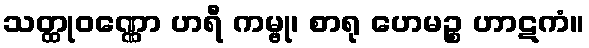
သတ္ထုဝဏ္ဏော ဟရီ ကမ္ဗု၊ စာရု ဟေမဉ္စ ဟာဋကံ။